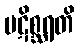
ပဋိစ္ဆရတိ